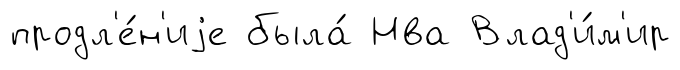
продл'е́н'иjе была́ Нва Влад'и́м'ир